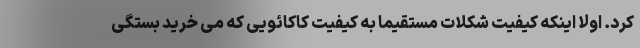
کرد. اولا اینکه کیفیت شکلات مستقیما به کیفیت کاکائویی که می خرید بستگی